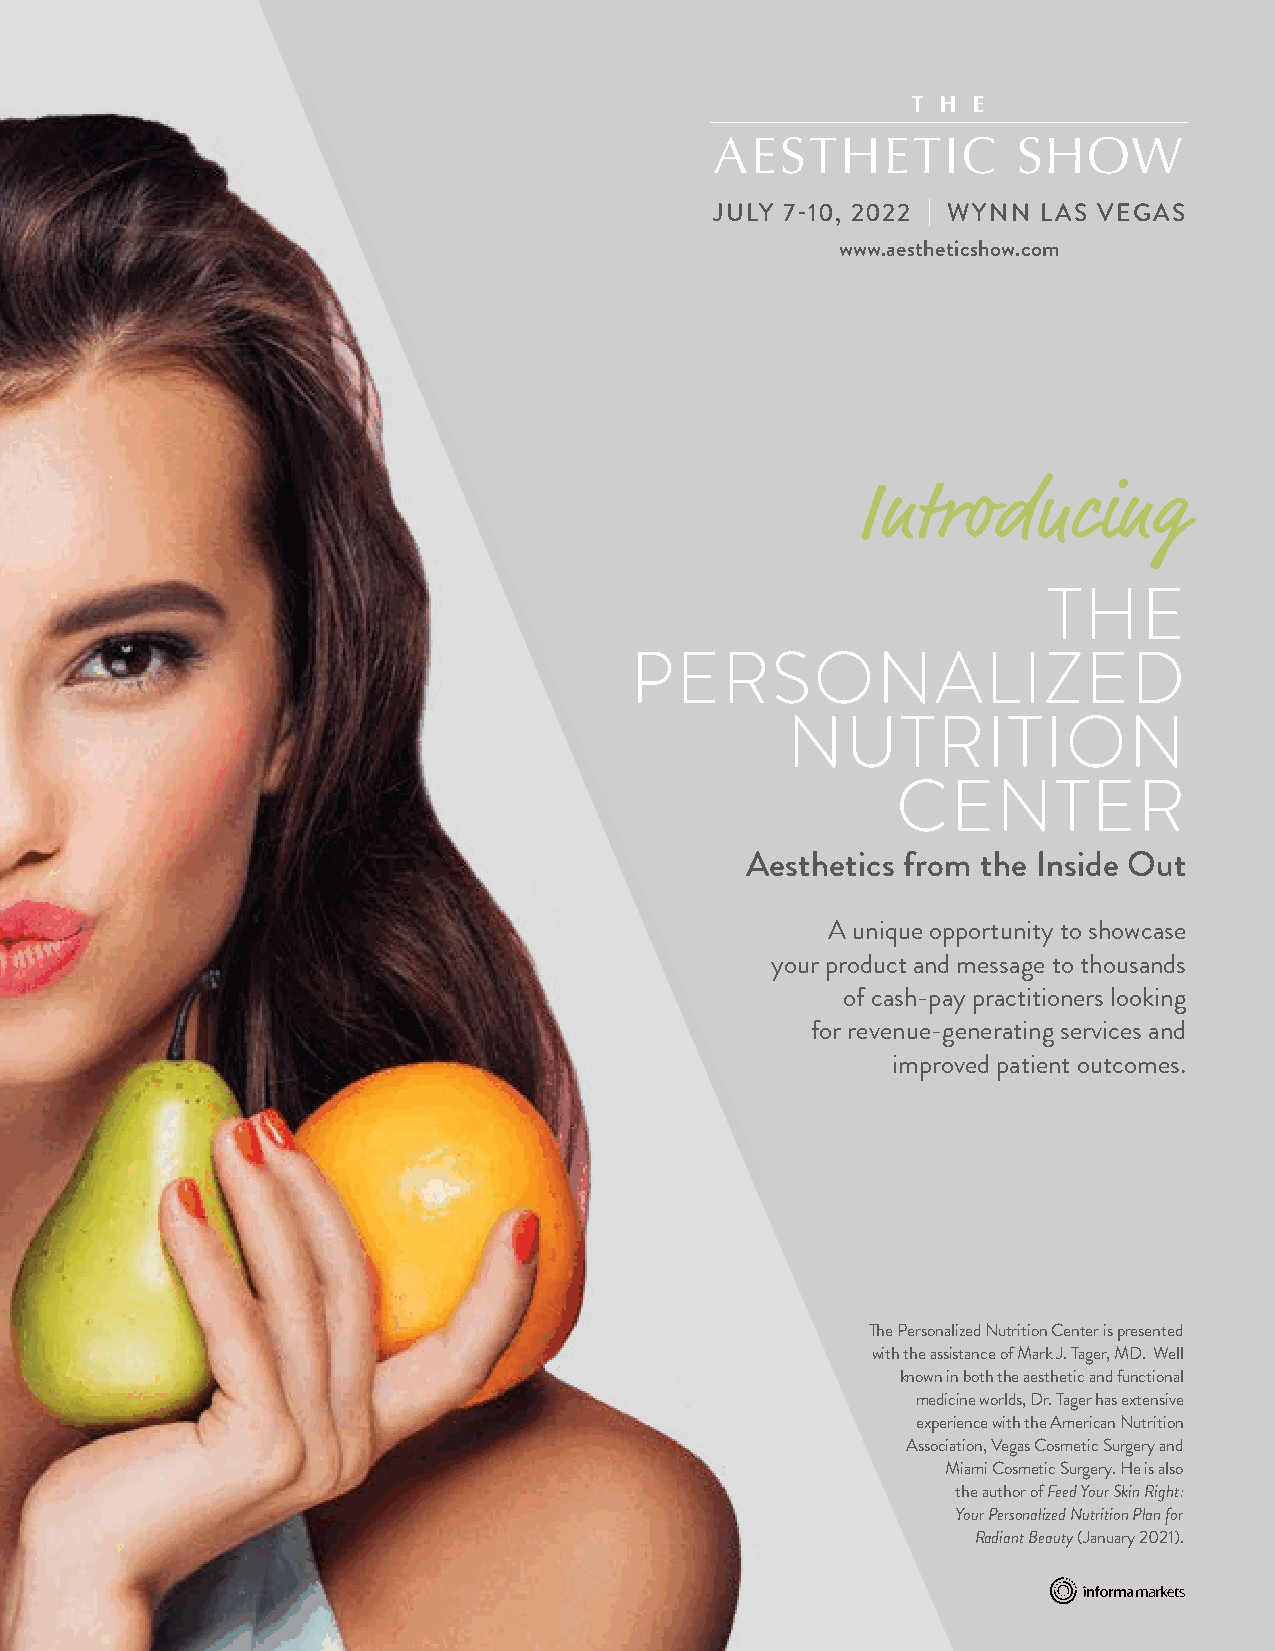
JULY 7-10, 2022 | WYNN LAS VEGAS
 www.aestheticshow.com
 Introducing
 THE
 PERSONALIZED
 NUTRITION
 CENTER
 Aesthetics from the Inside Out
 A unique opportunity to showcase
 your product and message to thousands
 of cash-pay practitioners looking
 for revenue-generating services and
 improved patient outcomes.
 The Personalized Nutrition Center is presented
 with the assistance of Mark J. Tager, MD. Well
 known in both the aesthetic and functional
 medicine worlds, Dr. Tager has extensive
 experience with the American Nutrition
 Association, Vegas Cosmetic Surgery and
 Miami Cosmetic Surgery. He is also
 the author of Feed Your Skin Right:
 Your Personalized Nutrition Plan for
 Radiant Beauty (January 2021).